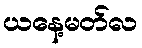
ယနေ့မတ်လ